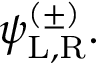
\psi _ { \mathrm { { L , R } } } ^ { ( \pm ) } .